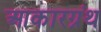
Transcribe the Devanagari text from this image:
आकारग्रंथ